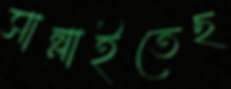
সাম্‌লাইতেছ